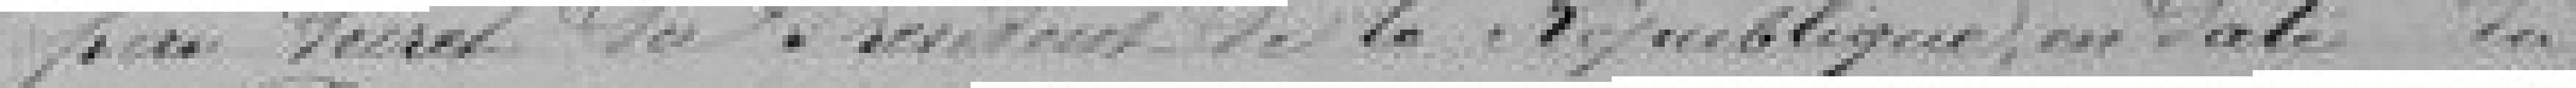
par Décret du Président de la République, en date